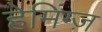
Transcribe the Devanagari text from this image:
हेमिंग्ज़